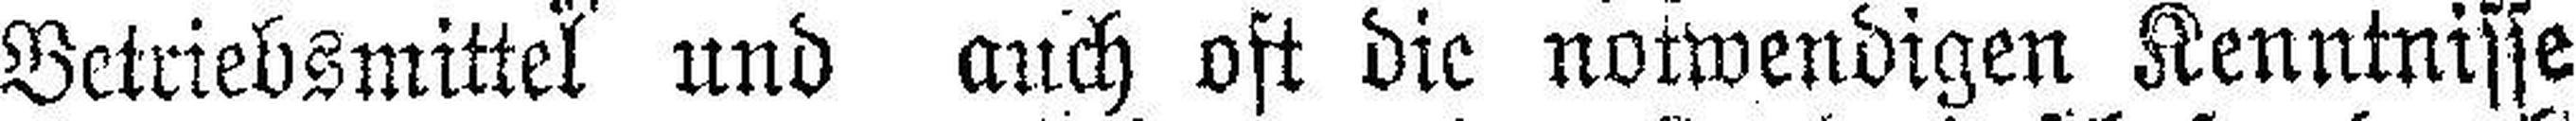
Betriebsmittel und auch oft die notwendigen Kenntnisse